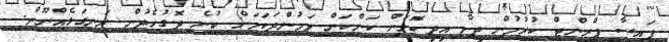
ފައިސާ ޕްރިންޓް ކުރުމުން ދިމާ އިދިކޮޅަށް ކަންކަން ވަމުންދަކަމަށް ބުނެ ދޮގުހެދުން ރަނގަޅެއްނޫން.